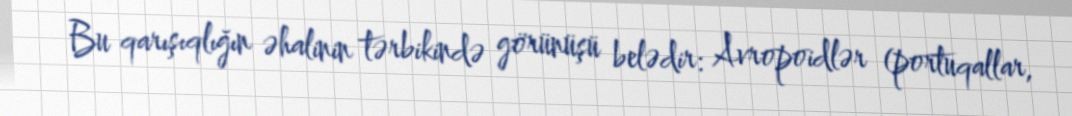
Bu qarışıqlığın əhalinin tərbikində görünüşü belədir: Avropoidlər (portuqallar,